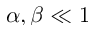
\alpha , \beta \ll 1